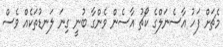
މެޗަށް ފަހު އާސެނަލްގެ ކޯޗު އާސެން ވެންގާ ބުނީ ގިނަ ލަނޑުތަކެއް ވެސް